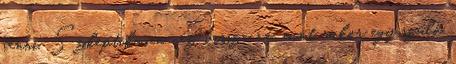
tenni. Szkeptikusan néz vissza rá, mint mikor egy szülő